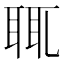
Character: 𦕿